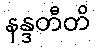
နန္ဒတီတိ